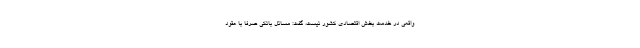
واقعی در خدمت بخش اقتصادی کشور نیست، گفت: مسائل بانکی صرفا با عقود